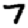
Digit: 7